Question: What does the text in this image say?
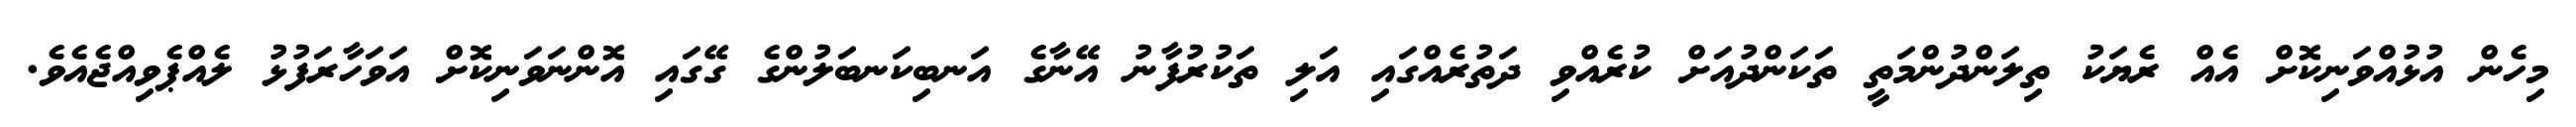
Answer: މިހެން އުޅުއްވަނިކޮށް އެއް ރެޔަކު ތިލަންދުންމަތީ ތަކަންދުއަށް ކުރެއްވި ދަތުރެއްގައި އަލި ތަކުރުފާނު އޭނާގެ އަނބިކަނބަލުންގެ ގޭގައި އޮންނަވަނިކޮށް އަވަހާރަފުޅު ލެއްޕެވިއްޖެއެވެ.